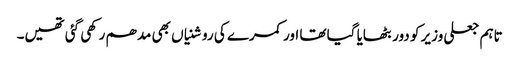
تاہم جعلی وزیر کو دور بٹھایا گیا تھا اور کمرے کی روشنیاں بھی مدھم رکھی گئی تھیں۔